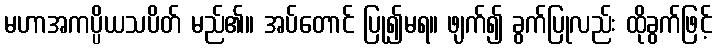
မဟာအကပ္ပိယသပိတ် မည်၏။ အပ်တောင် ပြု၍မရ။ ဖျက်၍ ခွက်ပြုလည်း ထိုခွက်ဖြင့်